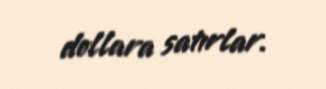
dollara satırlar.